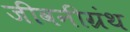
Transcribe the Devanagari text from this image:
जीवनीग्रंथ